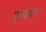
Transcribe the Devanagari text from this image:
इत्यमरः